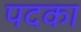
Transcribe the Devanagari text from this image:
पदका